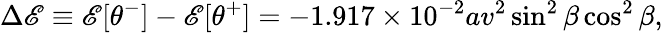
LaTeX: \Delta{\cal\mathscr{E}}\equiv{\cal\mathscr{E}}[\theta^{-}]-{\cal\mathscr{E}}[\theta^{+}]=-1.917\times10^{-2}av^{2}\sin^{2}\beta\cos^{2}\beta,